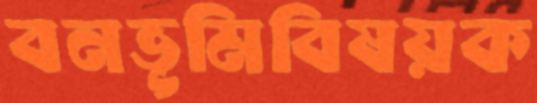
বনভূমিবিষয়ক